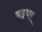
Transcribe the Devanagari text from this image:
बइयर